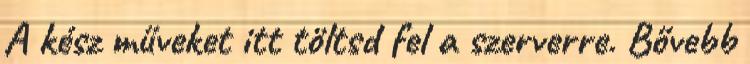
A kész műveket itt töltsd fel a szerverre. Bővebb